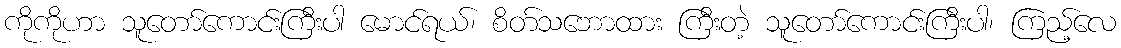
ကိုကိုဟာ သူတော်ကောင်းကြီးပါ မောင်ရယ်၊ စိတ်သဘောထား ကြီးတဲ့ သူတော်ကောင်းကြီးပါ၊ ကြည့်လေ